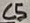
Text: C5